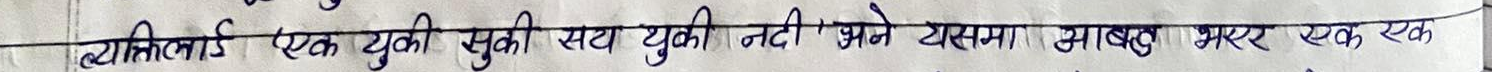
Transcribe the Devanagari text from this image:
व्यक्तिलाई 'एक चुकी सुकी सय चुकी नदी' भने यसमा आबद्ध भएर एक एक